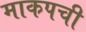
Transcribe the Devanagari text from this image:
माकपची